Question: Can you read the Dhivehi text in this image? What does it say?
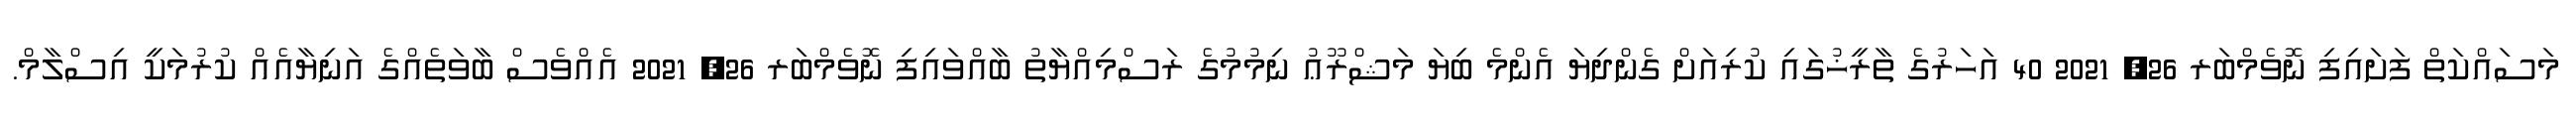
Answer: މަސައްކަތް ފަށައިފި ނޮވެމްބަރ 26, 2021 40 އަހަރުގެ ތާރީޚުގައި ކުރިއަށް ގެންދިޔަ އެންމެ ބިޔަ މަޝްރޫޢު ނިމުމުގެ ރަސްމިއްޔާތު ބާއްވައިފި ނޮވެމްބަރ 26, 2021 އެއްވެސް ބާވަތެއްގެ އަނިޔާއެއް ކުރުމަކީ އިސްލާމް.